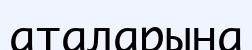
аталарына